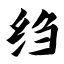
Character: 绉